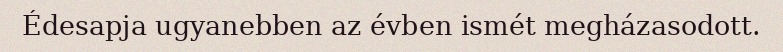
Édesapja ugyanebben az évben ismét megházasodott.